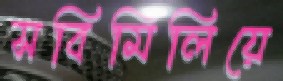
সবিমিলিয়ে